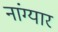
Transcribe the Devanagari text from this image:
नांग्यार